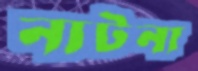
নাটনা